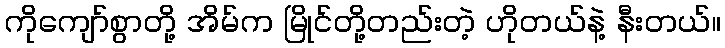
ကိုကျော်စွာတို့ အိမ်က မြိုင်တို့တည်းတဲ့ ဟိုတယ်နဲ့ နီးတယ်။